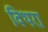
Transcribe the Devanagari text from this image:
विथरा